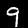
Label: 9